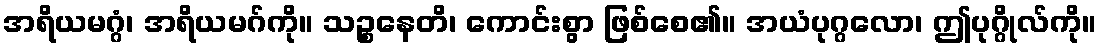
အရိယမဂ္ဂံ၊ အရိယမဂ်ကို။ သဉ္စနေတိ၊ ကောင်းစွာ ဖြစ်စေ၏။ အယံပုဂ္ဂလော၊ ဤပုဂ္ဂိုလ်ကို။